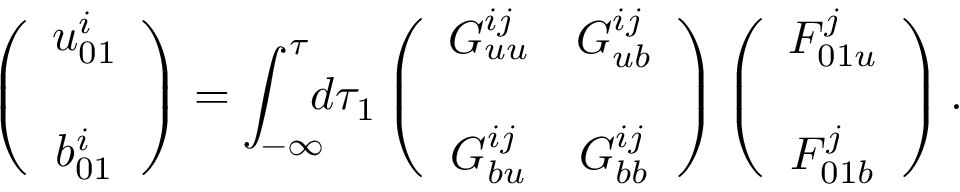
\left( { \begin{array} { c } { u _ { 0 1 } ^ { i } } \\ { b _ { 0 1 } ^ { i } \rule { 0 ex } { 5 ex } } \end{array} } \right) = \int _ { - \infty } ^ { \tau } \! \! \! d \tau _ { 1 } \left( { \begin{array} { c c } { G _ { u u } ^ { i j } } & { G _ { u b } ^ { i j } } \\ { G _ { b u } ^ { i j } } & { G _ { b b } ^ { i j } \rule { 0 ex } { 5 ex } } \end{array} } \right) \left( { \begin{array} { c } { F _ { 0 1 u } ^ { j } } \\ { F _ { 0 1 b } ^ { j } \rule { 0 ex } { 5 ex } } \end{array} } \right) .